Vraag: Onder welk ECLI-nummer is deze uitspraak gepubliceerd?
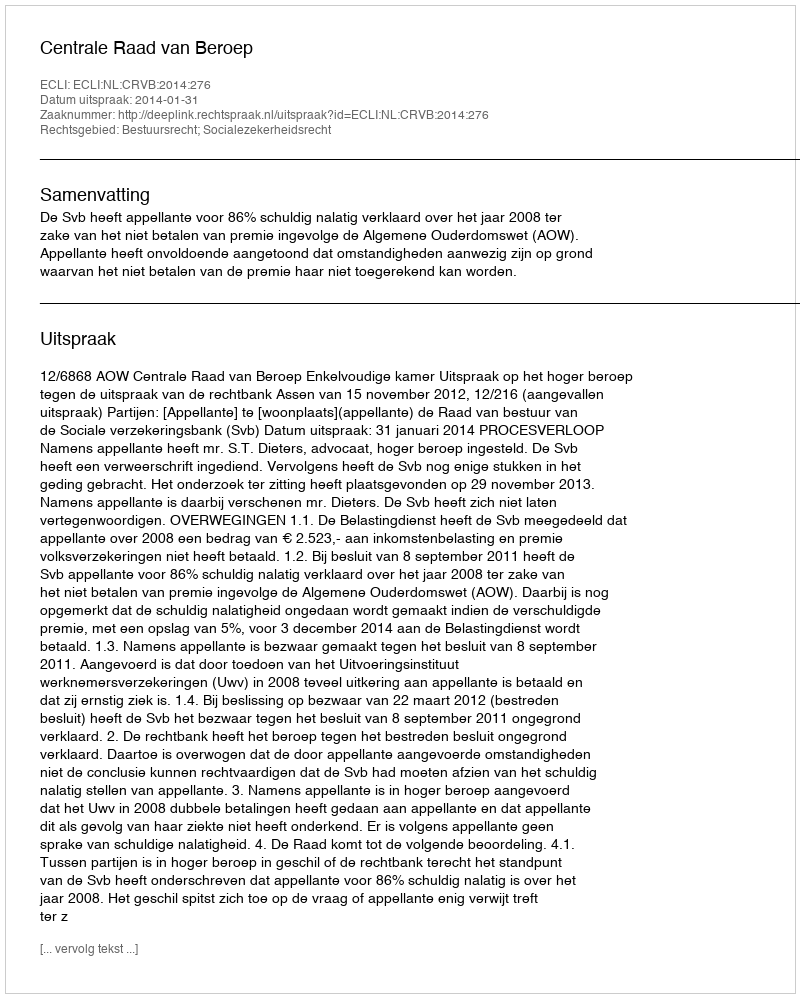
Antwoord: ECLI:NL:CRVB:2014:276